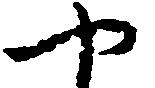
や